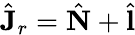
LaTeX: \hat{\mathbf{J}}_{r}=\hat{\mathbf{N}}+\hat{\mathbf{l}}